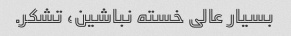
بسیار عالی خسته نباشین، تشکر.